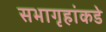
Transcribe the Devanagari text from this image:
सभागृहांकडे